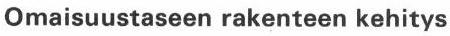
Omaisuustaseen rakenteen kehitys